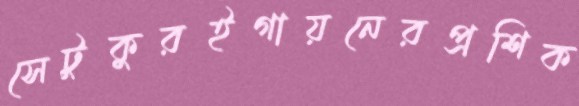
সেটুকুরইগায়নেরপ্রশিক